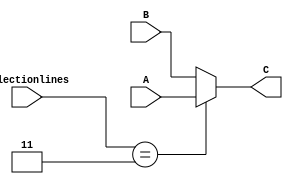
    
    
    module CI_mux(       
                  input wire [1:0] selectionlines,
                   input[31:0] A , B, 
                   output [31:0]C );


                    assign C= (selectionlines==2'b11)?A:B;
    















endmodule